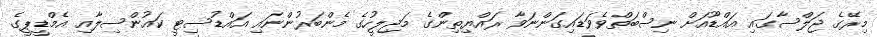
މިރޭގެ ޖަލްސާގައި އައްޑޫއަށް ނިސްބަތްވެވަޑައިގަންނަވާ ރައްޔިތިންގެ މަޖިލީހުގެ މެންބަރުންނައި އައްޑުސިޓީ ކައުންސިލާއި އެމްޑީޕީގެ